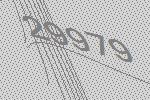
29979